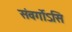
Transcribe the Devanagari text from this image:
संवर्गोऽसि